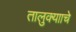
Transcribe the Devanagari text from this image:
तालुक्यााचे